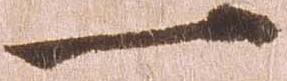
一